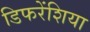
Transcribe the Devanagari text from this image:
डिफरेंशिया